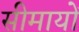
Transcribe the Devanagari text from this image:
सीमायों